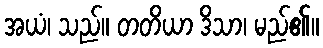
အယံ၊ သည်။ တတိယာ ဒိသာ၊ မည်၏။